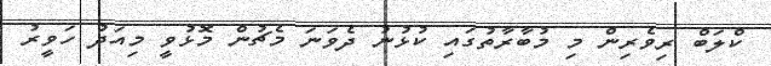
ކްލަބް ރިވެރިން މި މުބާރާތުގައި ކުޅުނު ދެވަނަ މެޗުން މޮޅުވީ މިއަދު ހަވީރު